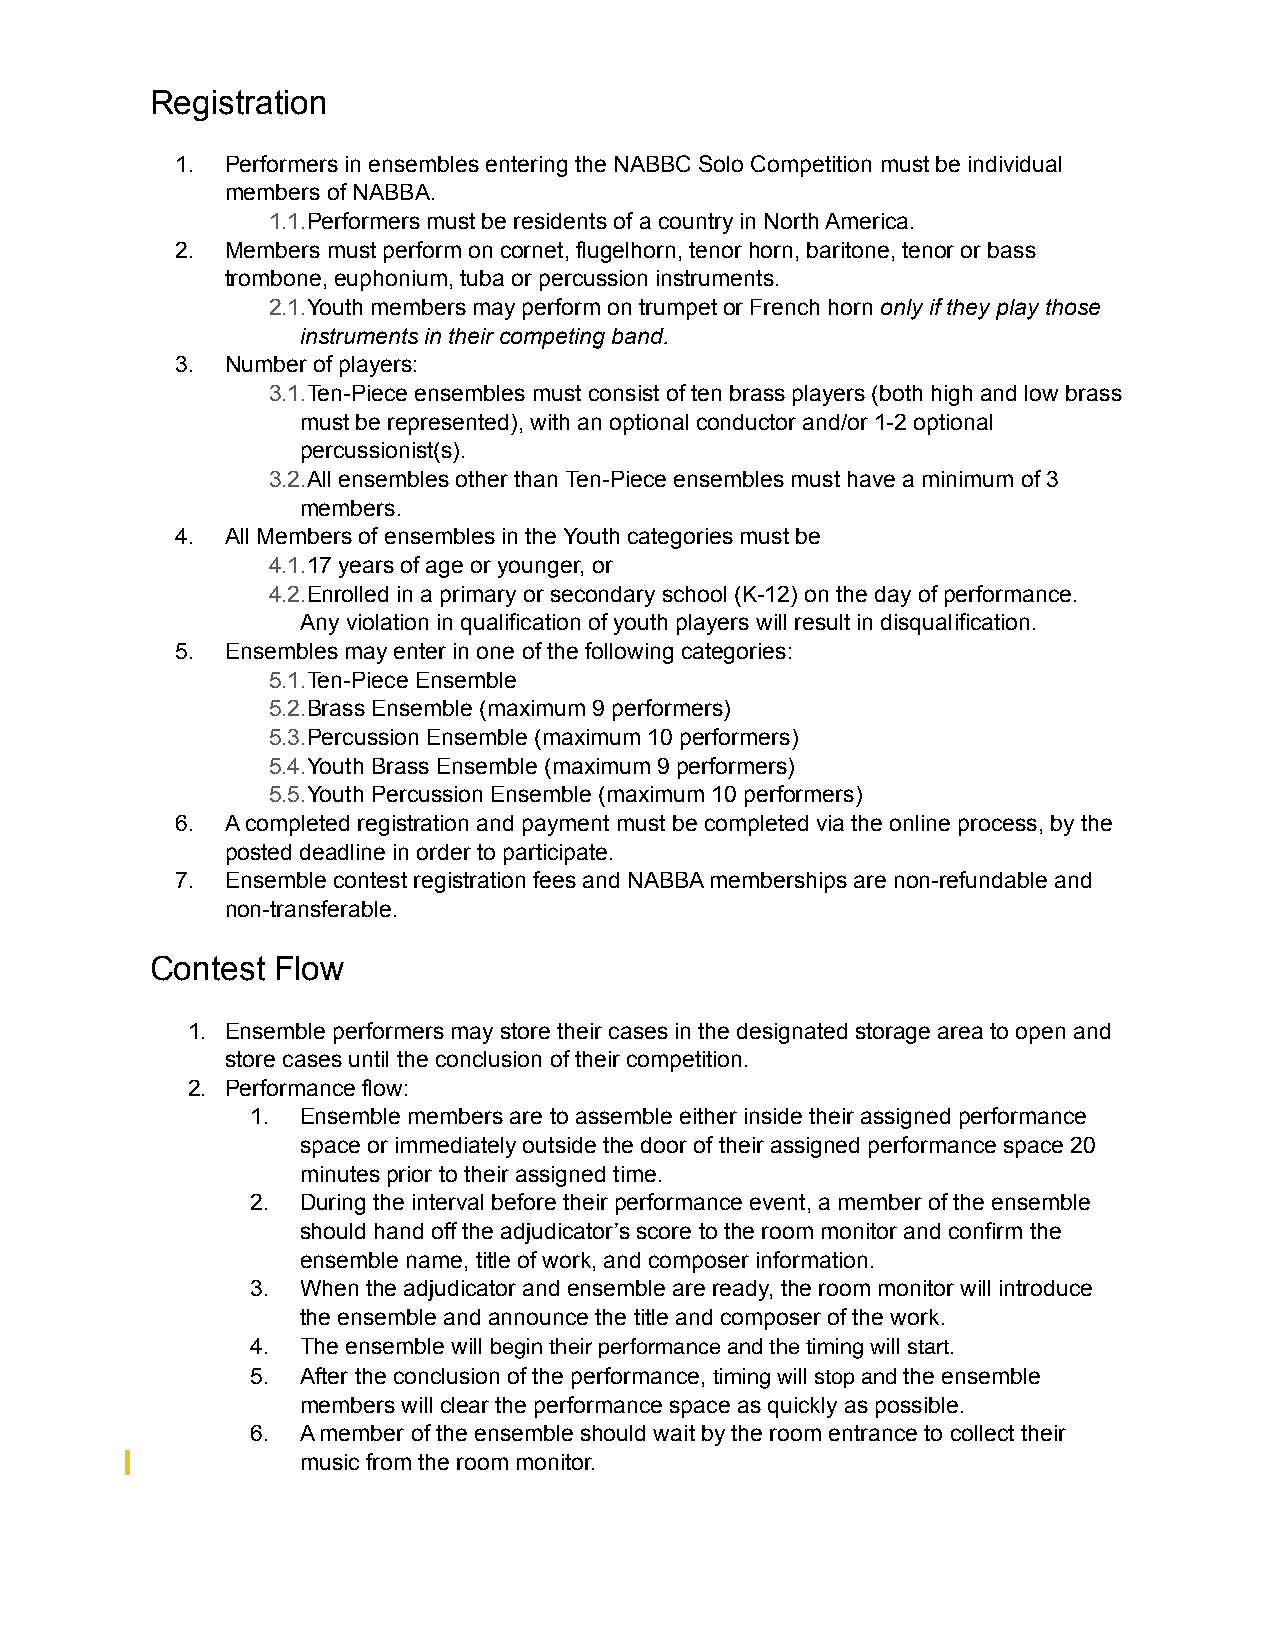
Registration
 1. Performers in ensembles entering the NABBC Solo Competition must be individual
 members of NABBA.
 1.1.Performers must be residents of a country in North America.
 2. Members must perform on cornet, flugelhorn, tenor horn, baritone, tenor or bass
 trombone, euphonium, tuba or percussion instruments.
 2.1.Youth members may perform on trumpet or French horn only if they play those
 instruments in their competing band.
 3. Number of players:
 3.1.Ten-Piece ensembles must consist of ten brass players (both high and low brass
 must be represented), with an optional conductor and/or 1-2 optional
 percussionist(s).
 3.2.All ensembles other than Ten-Piece ensembles must have a minimum of 3
 members.
 4. All Members of ensembles in the Youth categories must be
 4.1.17 years of age or younger, or
 4.2.Enrolled in a primary or secondary school (K-12) on the day of performance.
 Any violation in qualification of youth players will result in disqualification.
 5. Ensembles may enter in one of the following categories:
 5.1.Ten-Piece Ensemble
 5.2.Brass Ensemble (maximum 9 performers)
 5.3.Percussion Ensemble (maximum 10 performers)
 5.4.Youth Brass Ensemble (maximum 9 performers)
 5.5.Youth Percussion Ensemble (maximum 10 performers)
 6. A completed registration and payment must be completed via the online process, by the
 posted deadline in order to participate.
 7. Ensemble contest registration fees and NABBA memberships are non-refundable and
 non-transferable.
 Contest Flow
 1. Ensemble performers may store their cases in the designated storage area to open and
 store cases until the conclusion of their competition.
 2. Performance flow:
 1. Ensemble members are to assemble either inside their assigned performance
 space or immediately outside the door of their assigned performance space 20
 minutes prior to their assigned time.
 2. During the interval before their performance event, a member of the ensemble
 should hand off the adjudicator’s score to the room monitor and confirm the
 ensemble name, title of work, and composer information.
 3. When the adjudicator and ensemble are ready, the room monitor will introduce
 the ensemble and announce the title and composer of the work.
 4. The ensemble will begin their performance and the timing will start.
 5. After the conclusion of the performance, timing will stop and the ensemble
 members will clear the performance space as quickly as possible.
 6. A member of the ensemble should wait by the room entrance to collect their
 music from the room monitor.